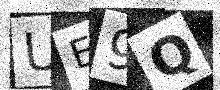
Text: UE9Q